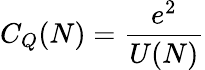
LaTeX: C_{Q}(N)={\frac{e^{2}}{U(N)}}